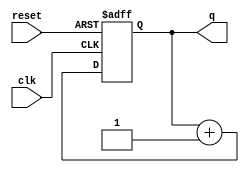
module async_reset_example (
    input wire clk,      // Clock signal
    input wire reset,    // Asynchronous reset signal
    output reg [7:0] q   // Output state signal (example width of 8 bits)
);

// Define the reset value
parameter RESET_VALUE = 8'b00000000;

always @(posedge clk or posedge reset) begin
    if (reset) begin
        // Asynchronous reset: set output to reset value
        q <= RESET_VALUE;
    end else begin
        // Normal operation: update output on clock edge
        // Here you can define your sequential logic to update q
        // For example, let's just increment q for demonstration purposes
        q <= q + 1;
    end
end

endmodule